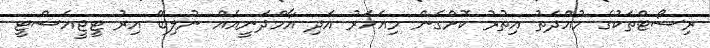
ރިސޯޓްތަކުގެ މުއްދަތު އިތުރު ކޮށްގެން މިއަހަރު އަދި އާމްދަނީއެއް ނުލިބޭ އިރު ޓީޖީއެސްޓީ